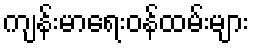
ကျန်းမာရေးဝန်ထမ်းများ